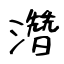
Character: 濳